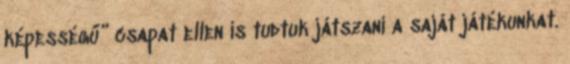
képességű” csapat ellen is tudtuk játszani a saját játékunkat.